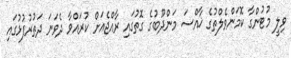
ވިލީ މުޓުންގާ ކޮމަންވެލްތުގެ ޚާއްސަ މަންދޫބުގެ ގޮތުގައި ރާއްޖެއަށް ކުރައްވާ ދެވަނަ ދަތުރުފުޅުގައި